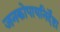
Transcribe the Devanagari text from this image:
जनकोपायनिर्देष्टा